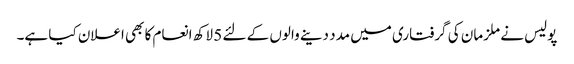
پولیس نے ملزمان کی گرفتاری میں مدد دینے والوں کے لئے 5 لاکھ انعام کا بھی اعلان کیا ہے۔